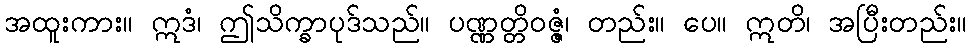
အထူးကား။ ဣဒံ၊ ဤသိက္ခာပုဒ်သည်။ ပဏ္ဏတ္တိဝဇ္ဇံ၊ တည်း။ ပေ။ ဣတိ၊ အပြီးတည်း။